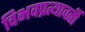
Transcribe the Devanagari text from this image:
विभवप्रत्यावर्ती